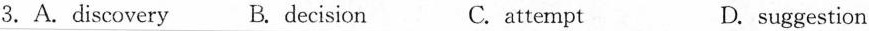
3.A.Discovery B. Decision C. attempt D. suggestion